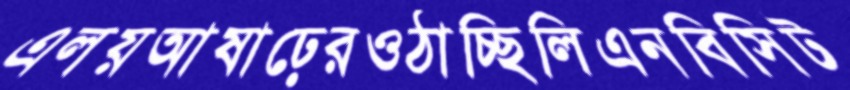
এলয়আষাঢ়েরওঠাচ্ছিলিএনবিসিট